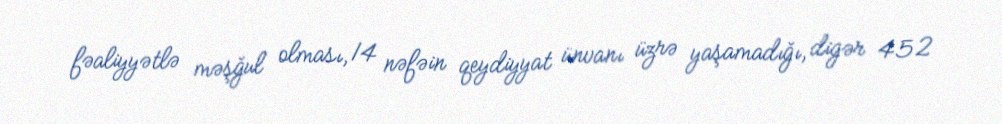
fəaliyyətlə məşğul olması, 14 nəfəin qeydiyyat ünvanı üzrə yaşamadığı, digər 452